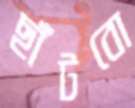
ছাঁটবো